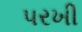
પરખી